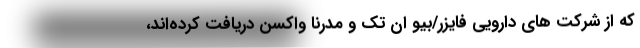
که از شرکت های دارویی فایزر/بیو ان تک و مدرنا واکسن دریافت کرده‌اند،